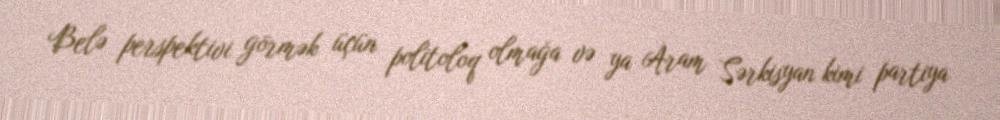
Belə perspektivi görmək üçün politoloq olmağa və ya Aram Sərkisyan kimi partiya